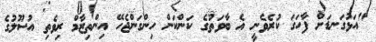
"އަޅުގަނޑަށް ފާހަގަ ކުރެވެނީ އެ ބާވަތުގެ ކަންކަން ހިންގަންޖެހޭ އިންތިޒާމް ރިވެތި އުސޫލުގެ